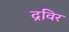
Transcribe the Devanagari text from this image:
द्रविर